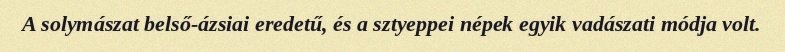
A solymászat belső-ázsiai eredetű, és a sztyeppei népek egyik vadászati módja volt.